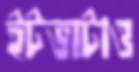
ইটভাটাও